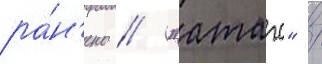
ра́н'ено // "атаго" /